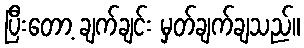
ပြီးတော့ ချက်ချင်း မှတ်ချက်ချသည်။